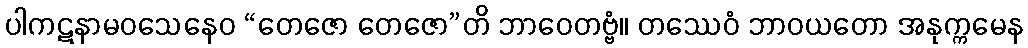
ပါကဋနာမဝသေနေဝ “တေဇော တေဇော”တိ ဘာဝေတဗ္ဗံ။ တဿေဝံ ဘာဝယတော အနုက္ကမေန